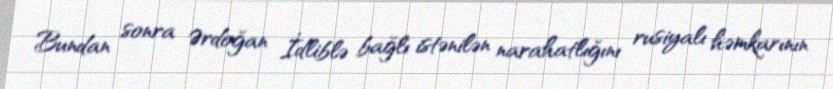
Bundan sonra Ərdoğan İdliblə bağlı istənilən narahatlığını rusiyalı həmkarının